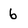
Character: 6